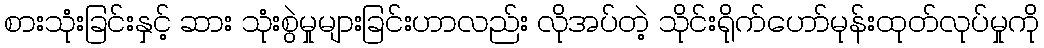
စားသုံးခြင်းနှင့် ဆား သုံးစွဲမှုများခြင်းဟာလည်း လိုအပ်တဲ့ သိုင်းရိုက်ဟော်မုန်းထုတ်လုပ်မှုကို